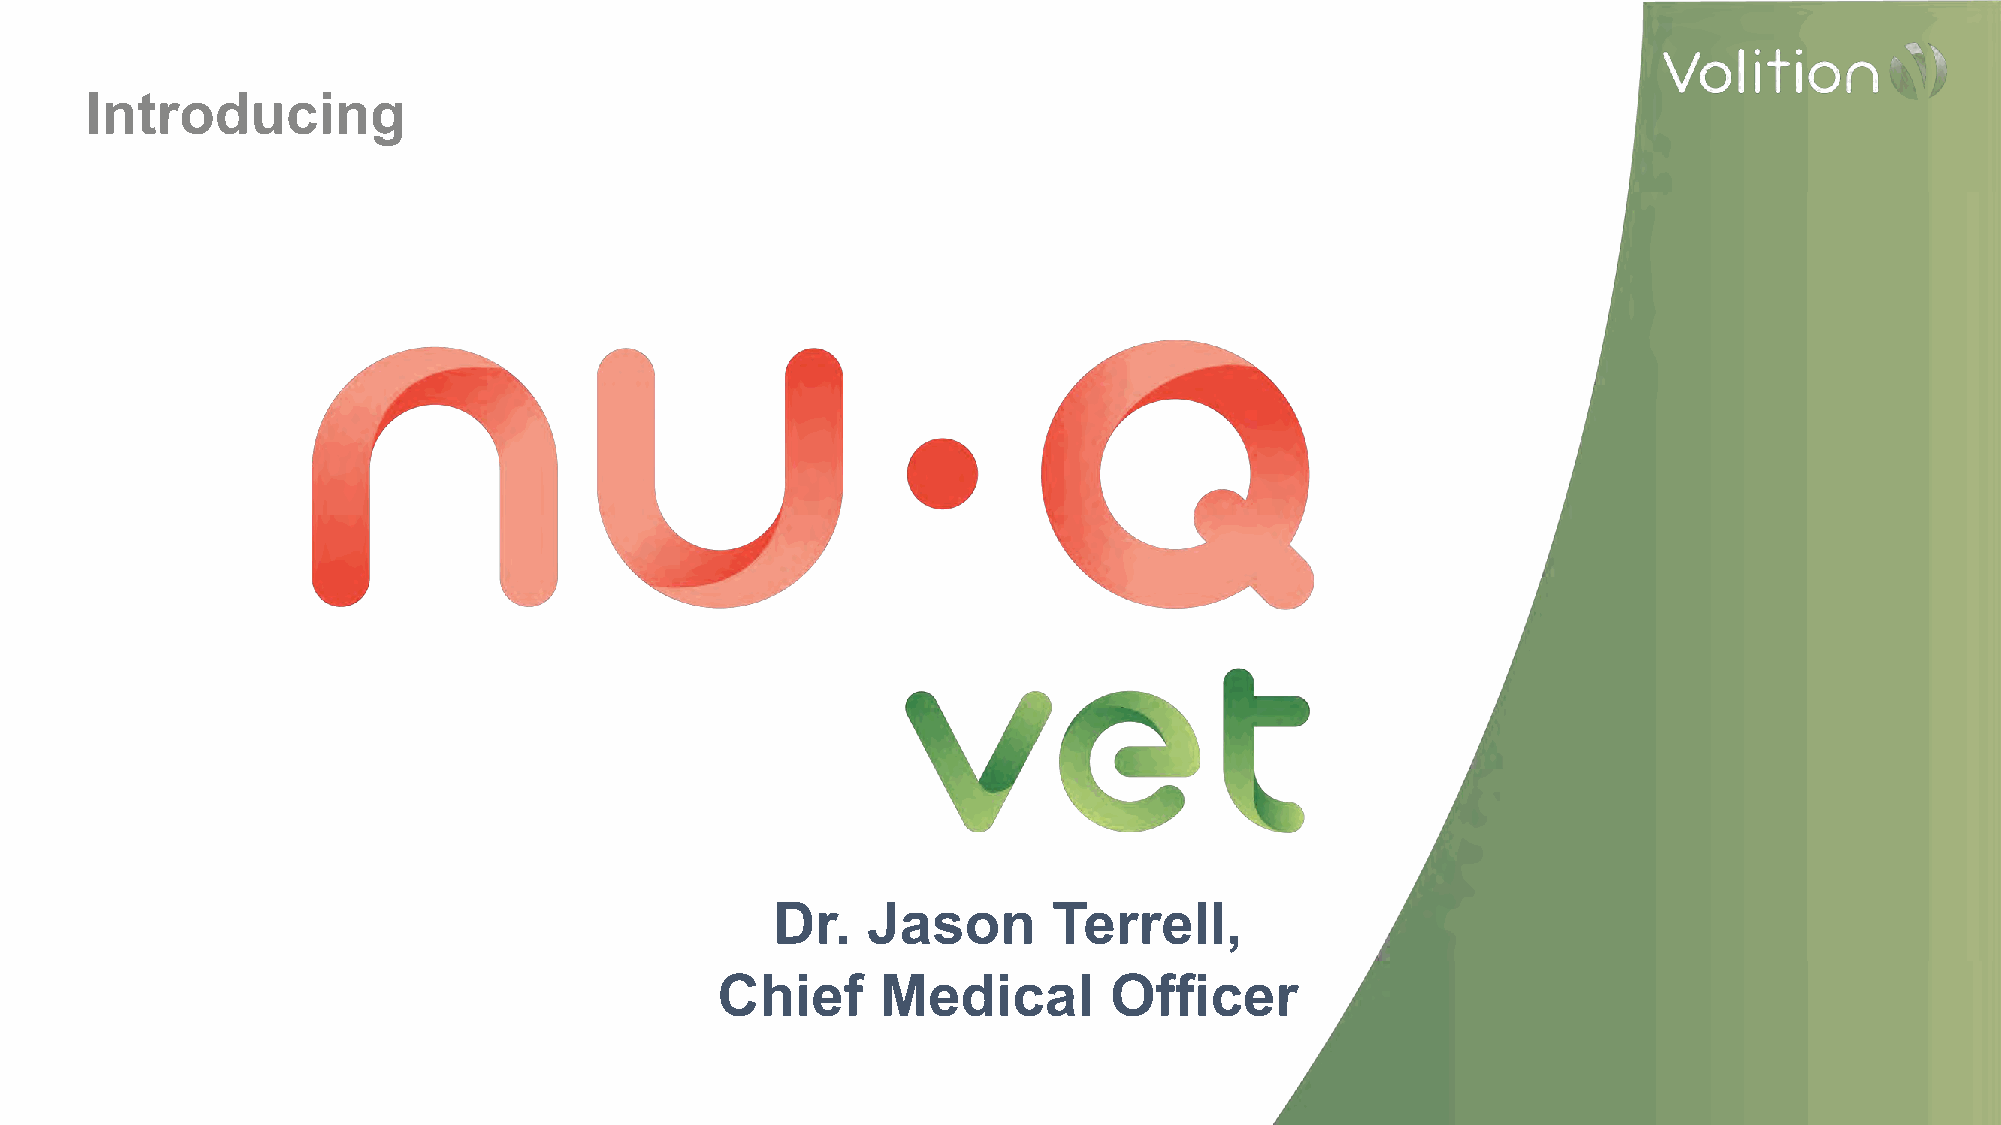
Introducing
 Dr.   Jason        Terrell,
 Chief      Medical        Officer